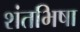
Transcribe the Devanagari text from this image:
शंतभिषा